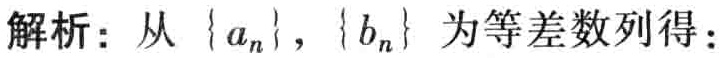
解析：从\(\{ a_{n}\}\)，\(\{ b_{n}\}\) 为等差数列得：